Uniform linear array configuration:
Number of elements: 64
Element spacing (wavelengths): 0.75
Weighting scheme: kaiser
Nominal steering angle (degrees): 60
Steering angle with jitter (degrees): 61.74
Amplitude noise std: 0.05
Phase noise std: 0.05

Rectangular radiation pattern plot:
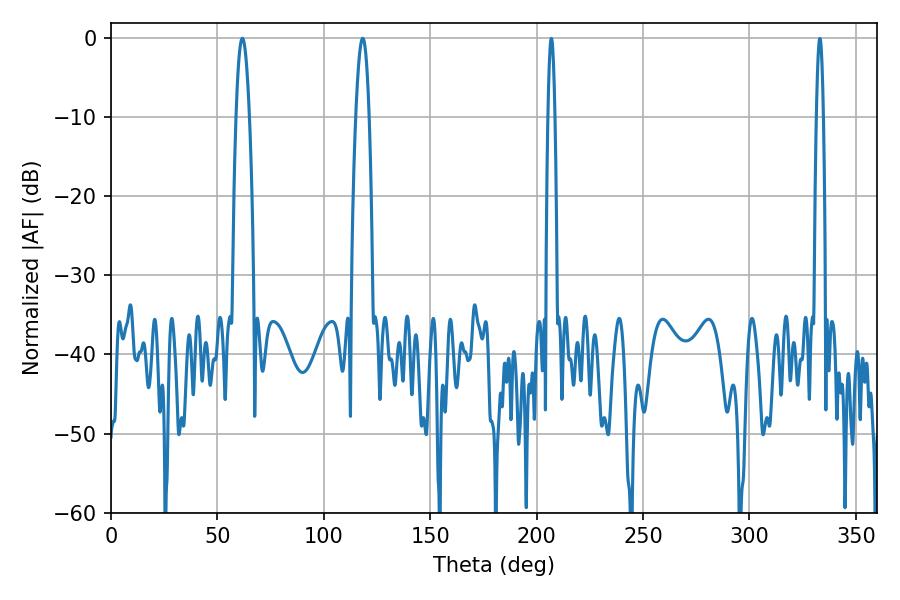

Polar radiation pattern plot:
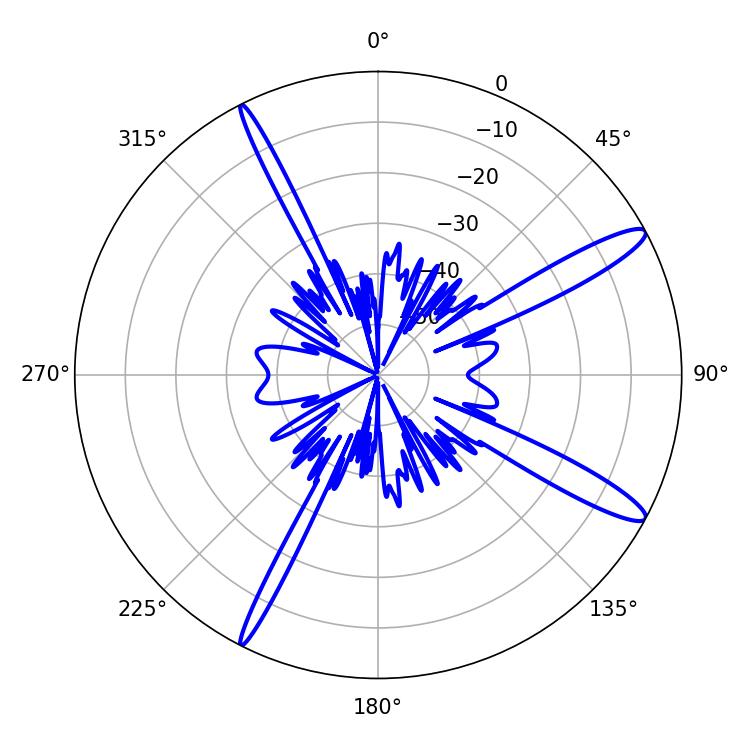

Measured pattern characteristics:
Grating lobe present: TRUE
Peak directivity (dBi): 13.756
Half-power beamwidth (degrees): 3.42
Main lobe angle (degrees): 61.74